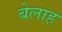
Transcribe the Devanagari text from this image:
बेलाह